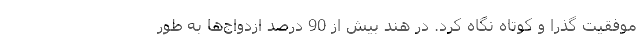
موفقیت گذرا و کوتاه نگاه کرد. در هند بیش از 90 درصد ازدواج‌ها به طور